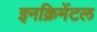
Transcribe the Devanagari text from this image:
इनक्रिमेंटल